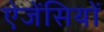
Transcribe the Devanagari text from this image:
ऐजेंसियों